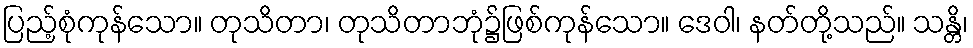
ပြည့်စုံကုန်သော။ တုသိတာ၊ တုသိတာဘုံ၌ဖြစ်ကုန်သော။ ဒေဝါ၊ နတ်တို့သည်။ သန္တိ၊